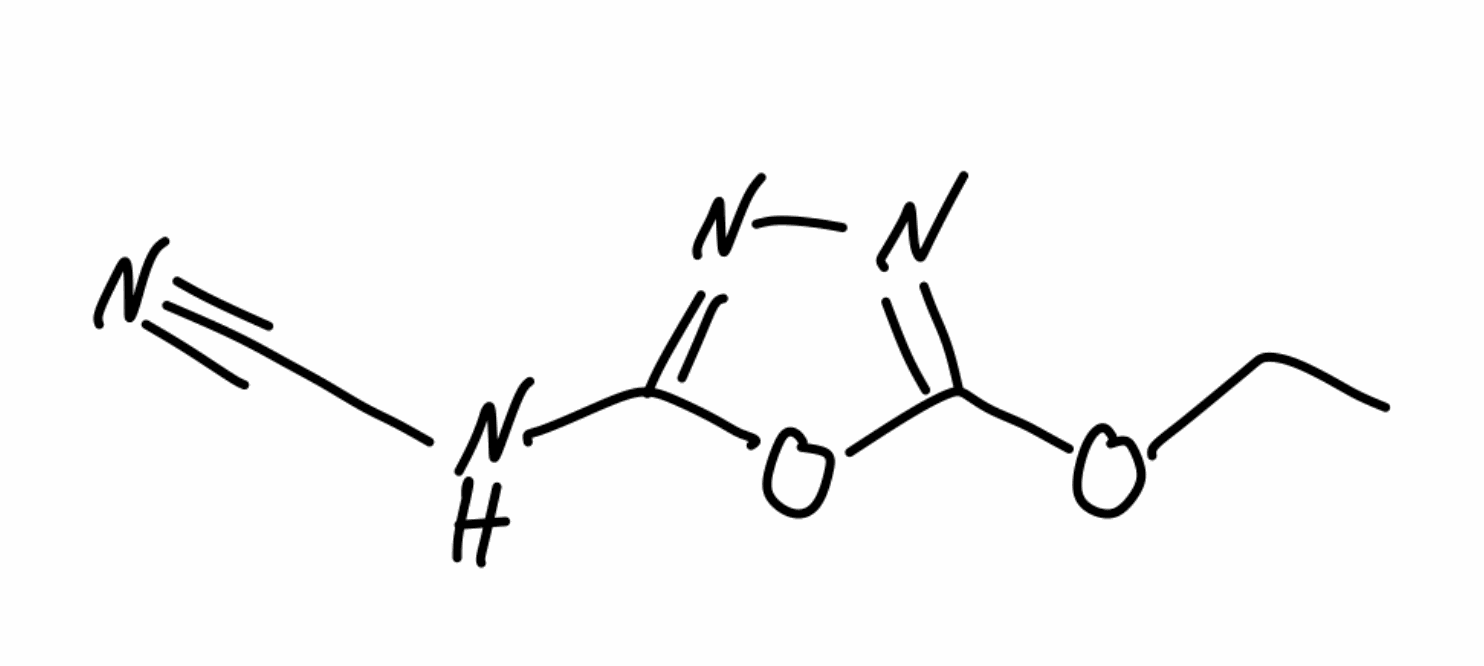
Simplified molecular-input line-entry system (SMILES) notation of the given molecule:
CCOC1=NN=C(O1)NC#N